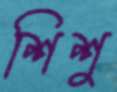
শিশু